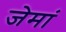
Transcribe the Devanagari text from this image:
जेमां